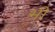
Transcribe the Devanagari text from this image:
भी